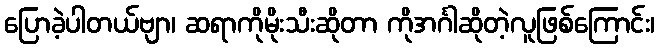
ပြောခဲ့ပါတယ်ဗျာ၊ ဆရာကိုမိုးသီးဆိုတာ ကိုအင်္ဂါဆိုတဲ့လူဖြစ်ကြောင်း၊